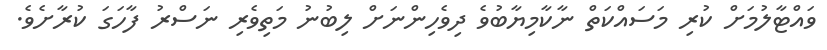
ވައްޓާލުމަށް ކުރި މަސައްކަތް ނާކާމިޔާބުވެ ދިވެހިންނަށް ލިބުނު މަތިވެރި ނަސްރު ފާހަގަ ކުރާށެވެ.